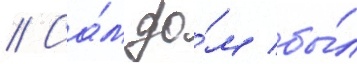
// Са́м до́м бы́л